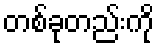
တစ်ခုတည်းကို